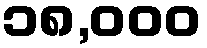
၁၈,၀၀၀